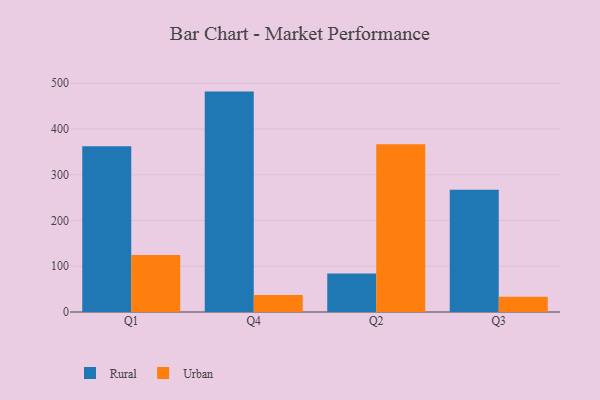
{"axis": {"x": "Quarter", "y": "Latency (ms)"}, "legend": ["Rural", "Urban"], "data": [{"x": "Q1", "y": 362.1, "type": "Rural"}, {"x": "Q1", "y": 124.5, "type": "Urban"}, {"x": "Q4", "y": 481.7, "type": "Rural"}, {"x": "Q4", "y": 37.4, "type": "Urban"}, {"x": "Q2", "y": 84.2, "type": "Rural"}, {"x": "Q2", "y": 366.7, "type": "Urban"}, {"x": "Q3", "y": 267.0, "type": "Rural"}, {"x": "Q3", "y": 33.4, "type": "Urban"}]}